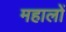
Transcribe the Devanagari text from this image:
महालों